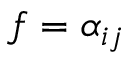
f = \alpha _ { i j }